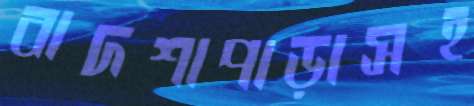
বাদশাপাড়াসহ